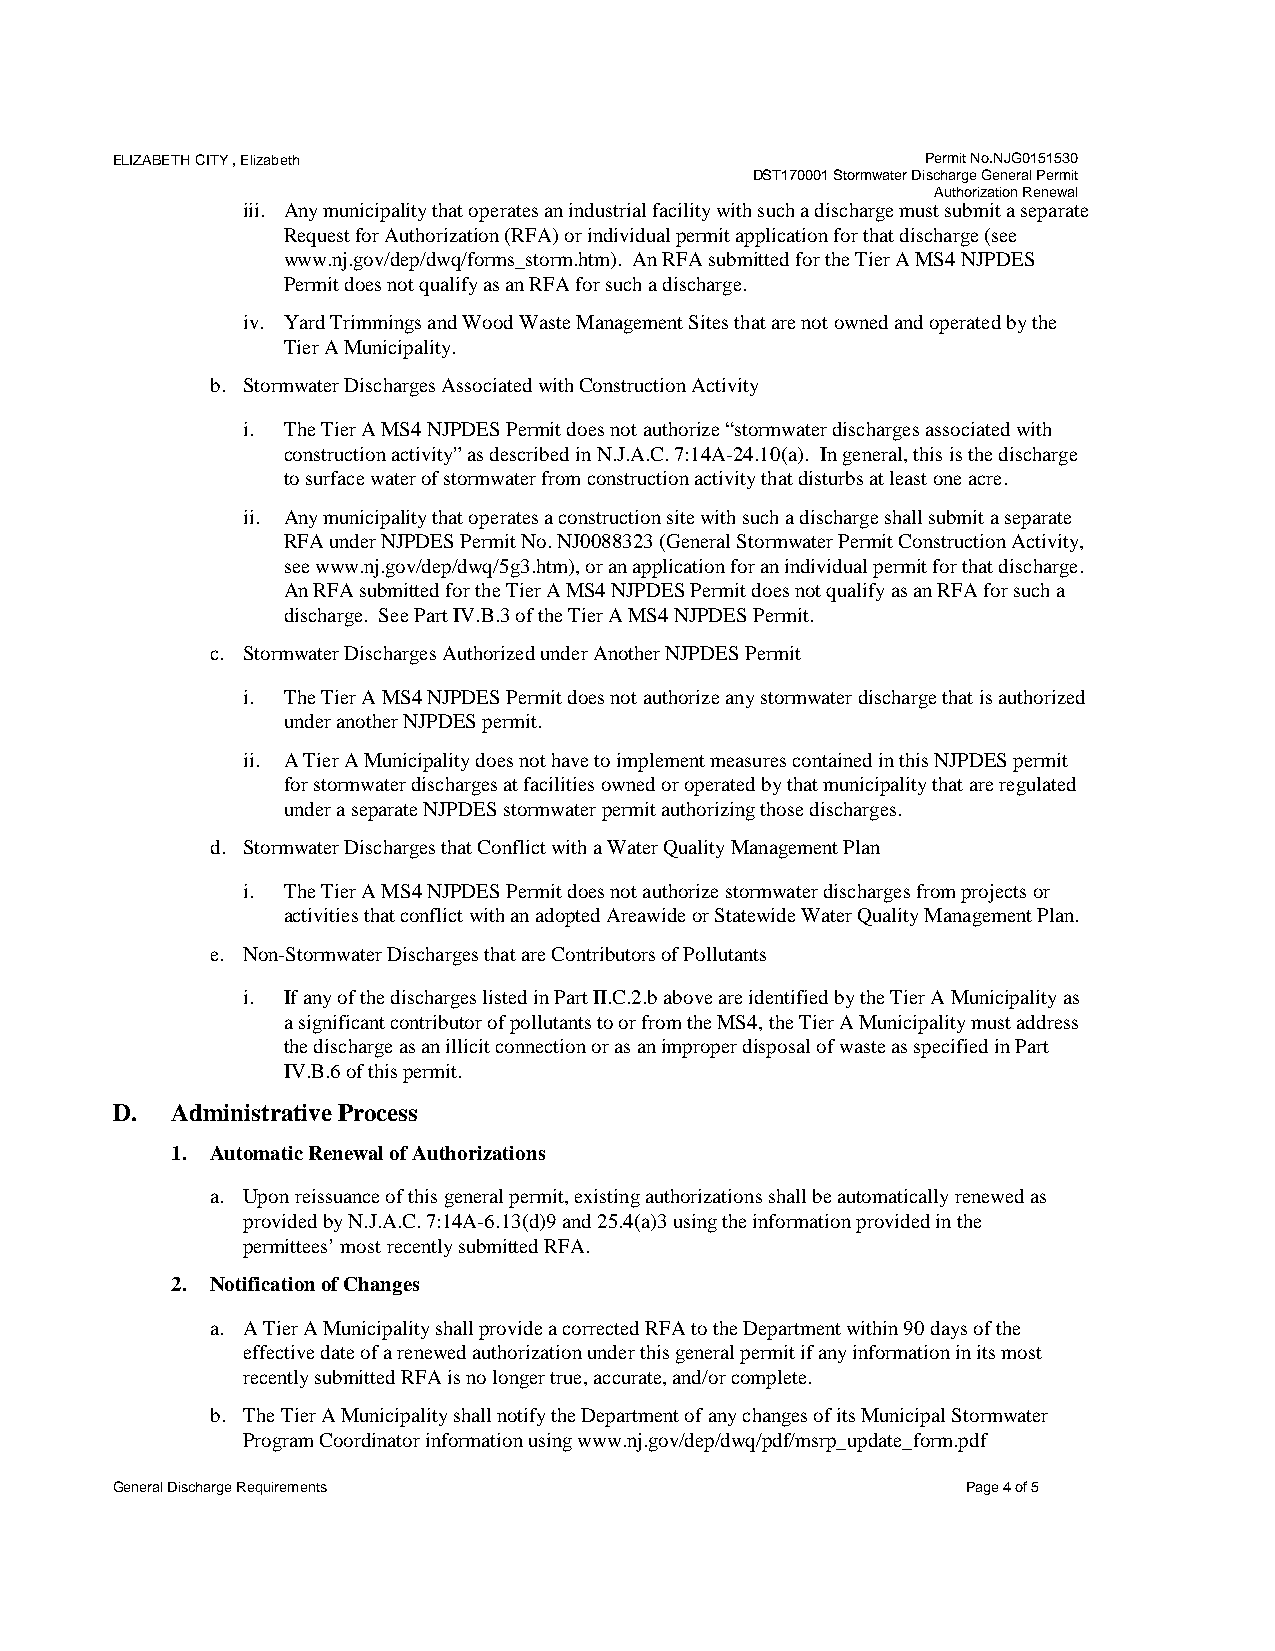
ELIZABETH CITY , Elizabeth                            Permit No.NJG0151530
 DST170001 Stormwater Discharge General Permit
 Authorization Renewal
 iii. Any municipality that operates an industrial facility with such a discharge must submit a separate
 Request for Authorization (RFA) or individual permit application for that discharge (see
 www.nj.gov/dep/dwq/forms_storm.htm). An RFA submitted for the Tier A MS4 NJPDES
 Permit does not qualify as an RFA for such a discharge.
 iv. Yard Trimmings and Wood Waste Management Sites that are not owned and operated by the
 Tier A Municipality.
 b. Stormwater Discharges Associated with Construction Activity
 i. The Tier A MS4 NJPDES Permit does not authorize “stormwater discharges associated with
 construction activity” as described in N.J.A.C. 7:14A-24.10(a). In general, this is the discharge
 to surface water of stormwater from construction activity that disturbs at least one acre.
 ii. Any municipality that operates a construction site with such a discharge shall submit a separate
 RFA under NJPDES Permit No. NJ0088323 (General Stormwater Permit Construction Activity,
 see www.nj.gov/dep/dwq/5g3.htm), or an application for an individual permit for that discharge.
 An RFA submitted for the Tier A MS4 NJPDES Permit does not qualify as an RFA for such a
 discharge. See Part IV.B.3 of the Tier A MS4 NJPDES Permit.
 c. Stormwater Discharges Authorized under Another NJPDES Permit
 i. The Tier A MS4 NJPDES Permit does not authorize any stormwater discharge that is authorized
 under another NJPDES permit.
 ii. A Tier A Municipality does not have to implement measures contained in this NJPDES permit
 for stormwater discharges at facilities owned or operated by that municipality that are regulated
 under a separate NJPDES stormwater permit authorizing those discharges.
 d. Stormwater Discharges that Conflict with a Water Quality Management Plan
 i. The Tier A MS4 NJPDES Permit does not authorize stormwater discharges from projects or
 activities that conflict with an adopted Areawide or Statewide Water Quality Management Plan.
 e. Non-Stormwater Discharges that are Contributors of Pollutants
 i. If any of the discharges listed in Part II.C.2.b above are identified by the Tier A Municipality as
 a significant contributor of pollutants to or from the MS4, the Tier A Municipality must address
 the discharge as an illicit connection or as an improper disposal of waste as specified in Part
 IV.B.6 of this permit.
 D.  Administrative Process
 1. Automatic Renewal of Authorizations
 a. Upon reissuance of this general permit, existing authorizations shall be automatically renewed as
 provided by N.J.A.C. 7:14A-6.13(d)9 and 25.4(a)3 using the information provided in the
 permittees’ most recently submitted RFA.
 2. Notification of Changes
 a. A Tier A Municipality shall provide a corrected RFA to the Department within 90 days of the
 effective date of a renewed authorization under this general permit if any information in its most
 recently submitted RFA is no longer true, accurate, and/or complete.
 b. The Tier A Municipality shall notify the Department of any changes of its Municipal Stormwater
 Program Coordinator information using www.nj.gov/dep/dwq/pdf/msrp_update_form.pdf
 General Discharge Requirements                           Page 4 of 5